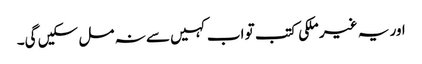
اور یہ غیر ملکی کتب تو اب کہیں سے نہ مل سکیں گی۔